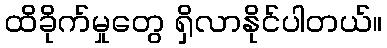
ထိခိုက်မှုတွေ ရှိလာနိုင်ပါတယ်။